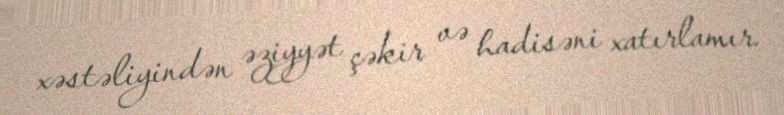
xəstəliyindən əziyyət çəkir və hadisəni xatırlamır.